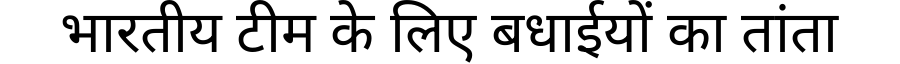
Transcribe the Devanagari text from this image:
भारतीय टीम के लिए बधाईयों का तांता